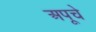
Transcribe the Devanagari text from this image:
अपूचे